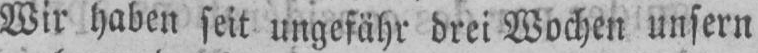
Wir haben seit ungefähr drei Wochen unsern